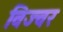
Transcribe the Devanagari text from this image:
विज्वर